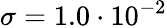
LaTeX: \sigma=1.0\cdot 10^{-2}